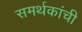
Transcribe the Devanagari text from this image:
समर्थकांची